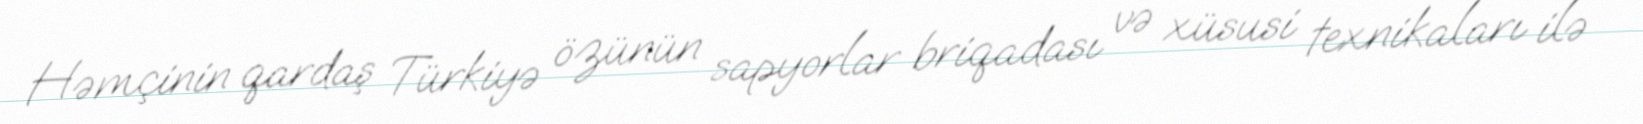
Həmçinin qardaş Türkiyə özünün sapyorlar briqadası və xüsusi texnikaları ilə